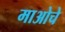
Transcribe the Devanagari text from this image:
माओचे